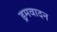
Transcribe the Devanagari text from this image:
ड्रमवादन